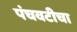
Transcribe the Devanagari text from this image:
पंचवटीचा